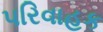
પરિવાહક